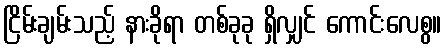
ငြိမ်းချမ်းသည့် နားခိုရာ တစ်ခုခု ရှိလျှင် ကောင်းလေစွ။